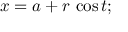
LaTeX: x = a + r \, \cos t ; \,